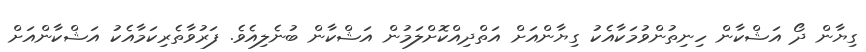
ގިޔާން ދޯ އަޝްކާން ހިނިތުންވުމަކާއެކު ގިޔާންއަށް އަތްދިއްކޮށްލަމުން އަޝްކާން ބުނެލިއެވެ. ފަރުވާތެރިކަމާއެކު އަޝްކާންއަށް